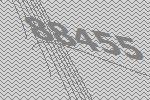
88455